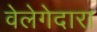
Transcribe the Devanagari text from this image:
वेलेगेदारा